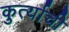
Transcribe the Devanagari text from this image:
कुर्त्याची